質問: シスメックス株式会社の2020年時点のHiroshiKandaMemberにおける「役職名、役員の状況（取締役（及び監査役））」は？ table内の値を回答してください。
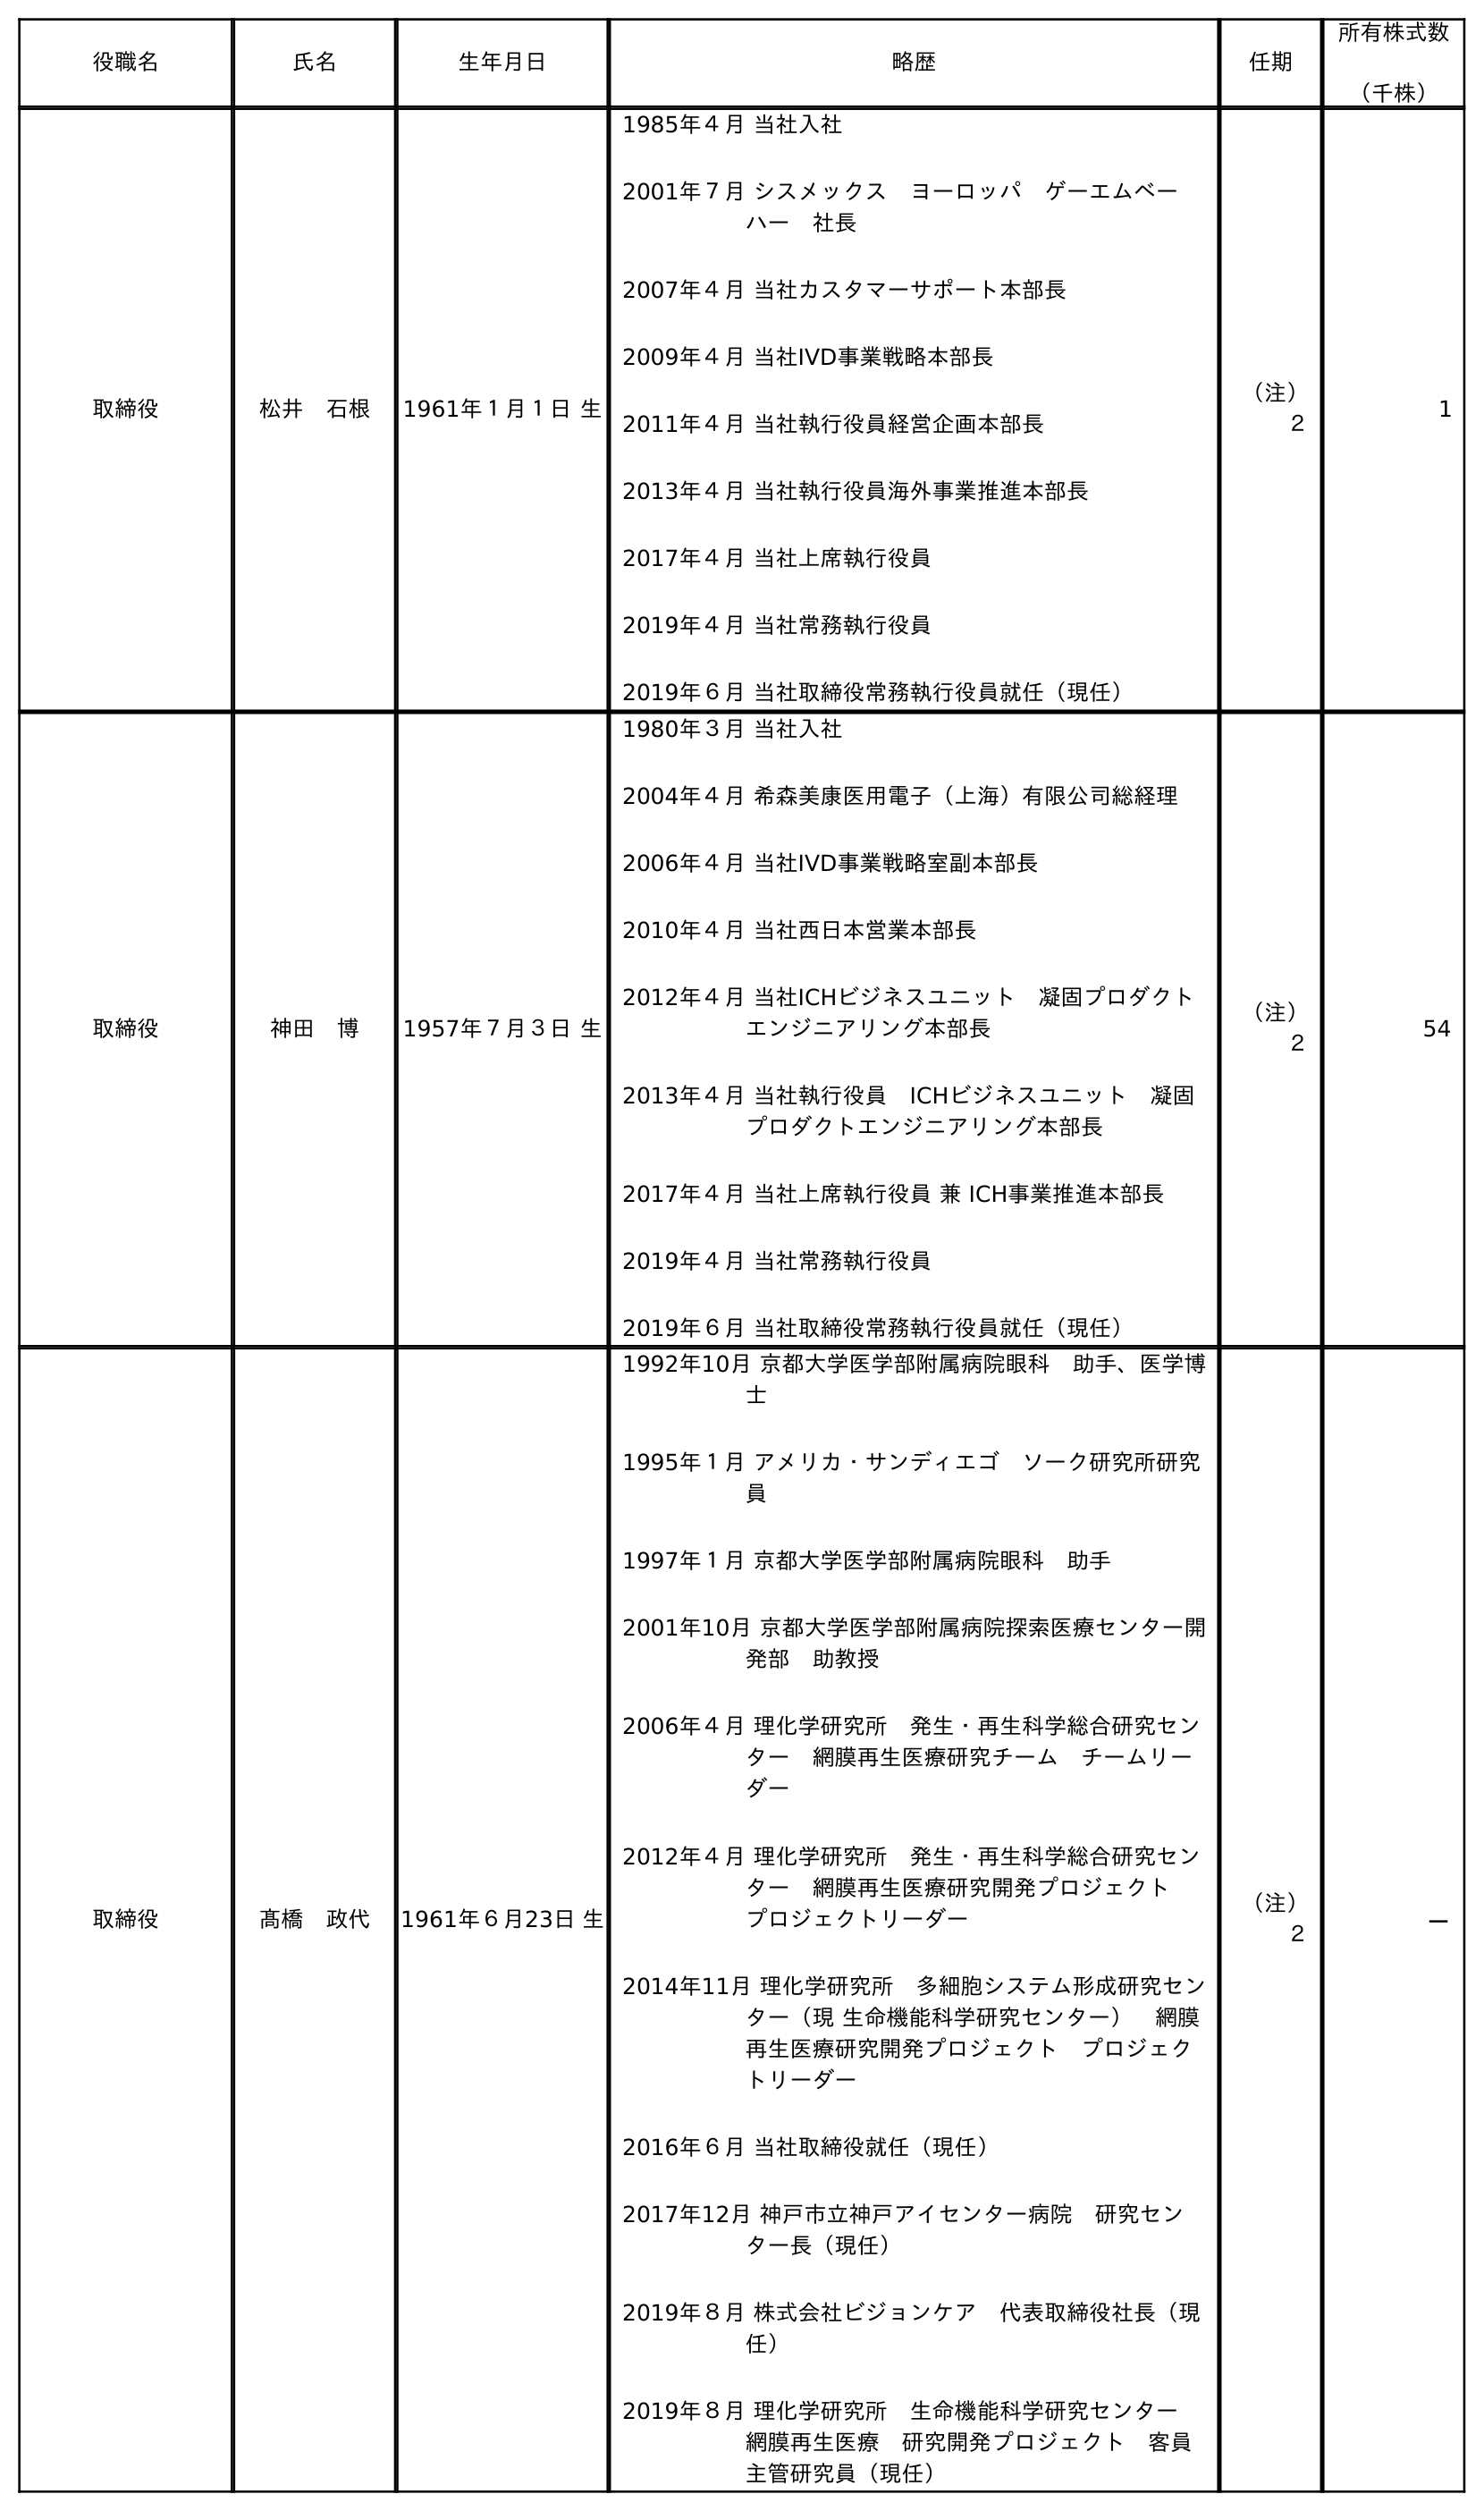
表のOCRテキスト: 役職名 氏名 生年月日 略歴 任期 所有株式数 （千株） 取締役 松井 石根 1961年１月１日 生 1985年４月 当社入社 2001年７月 シスメックス ヨーロッパ ゲーエムベー ハー 社長 2007年４月 当社カスタマーサポート本部長 2009年４月 当社IVD事業戦略本部長 2011年４月 当社執行役員経営企画本部長 2013年４月 当社執行役員海外事業推進本部長 2017年４月 当社上席執行役員 2019年４月 当社常務執行役員 2019年６月 当社取締役常務執行役員就任（現任） （注） ２ 1 取締役 神田 博 1957年７月３日 生 1980年３月 当社入社 2004年４月 希森美康医用電子（上海）有限公司総経理 2006年４月 当社IVD事業戦略室副本部長 2010年４月 当社西日本営業本部長 2012年４月 当社ICHビジネスユニット 凝固プロダクト エンジニアリング本部長 2013年４月 当社執行役員 ICHビジネスユニット 凝固 プロダクトエンジニアリング本部長 2017年４月 当社上席執行役員 兼 ICH事業推進本部長 2019年４月 当社常務執行役員 2019年６月 当社取締役常務執行役員就任（現任） （注） ２ 54 取締役 髙橋 政代 1961年６月23日 生 1992年10月 京都大学医学部附属病院眼科 助手、医学博 士 1995年１月 アメリカ・サンディエゴ ソーク研究所研究 員 1997年１月 京都大学医学部附属病院眼科 助手 2001年10月 京都大学医学部附属病院探索医療センター開 発部 助教授 2006年４月 理化学研究所 発生・再生科学総合研究セン ター 網膜再生医療研究チーム チームリー ダー 2012年４月 理化学研究所 発生・再生科学総合研究セン ター 網膜再生医療研究開発プロジェクト  プロジェクトリーダー 2014年11月 理化学研究所 多細胞システム形成研究セン ター（現 生命機能科学研究センター） 網膜 再生医療研究開発プロジェクト プロジェク トリーダー 2016年６月 当社取締役就任（現任） 2017年12月 神戶市立神戶アイセンター病院 研究セン ター長（現任） 2019年８月 株式会社ビジョンケア 代表取締役社長（現 任） 2019年８月 理化学研究所 生命機能科学研究センター  網膜再生医療 研究開発プロジェクト 客員 主管研究員（現任） （注） ２ －
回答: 取締役